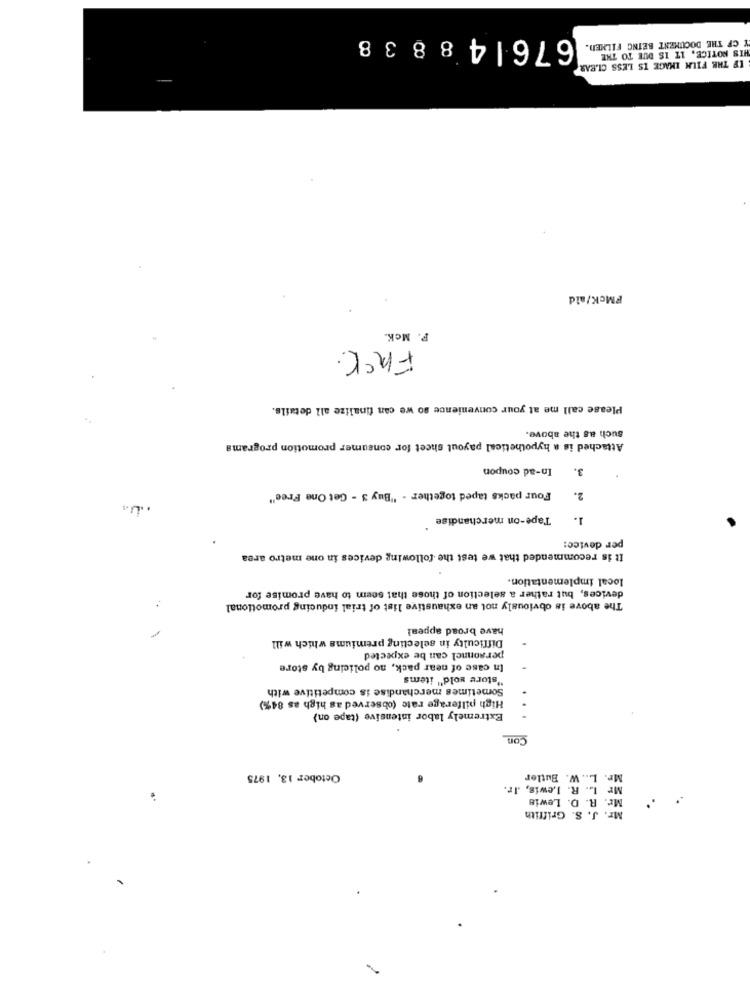
676148838
Y CF THE DOCUMENT BEING FILMEN.
HIS NOTICE, IT IS DUE TO THE
IF THE FILM IMAGE IS LESS CLEAR
FMcK/ald
F. McK.
Frek.
Please call me at your convenience so we can finalize all details.
such as the above.
Attached is a hypothetical payout sheet for consumer promotion programs
In-ad coupon
3.
Four packs taped together - "Buy 3 - Get One Free"
2.
Tape-on merchandise
1.
per device:
It is recommended that we test the following devices in one metro area
local implementation.
devices, but rather a selection of those that seem to have promise for
The above is obviously not an exhaustive list of trial inducing promotional
have broad appeal
Difficulty in selecting premiums which will
personnel can be expected
In case of near pack, no policing by store
"store sold" items
Sometimes merchandise is competitive with
High pilferage rate (observed as high as 84%)
Extremely labor intensive (tape on)
Con
October 13, 1975
V. Butler
L .. V
Mr.
. Lewis, Ir.
Mr L.
D. Lewis
Mr. R.
Mr. J.
. Griffith